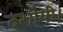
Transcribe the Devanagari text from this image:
दर्शायी।